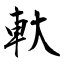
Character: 軑